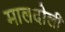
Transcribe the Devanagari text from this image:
मालदोली